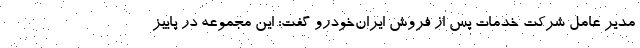
مدیر عامل شرکت خدمات پس از فروش ایران‌خودرو گفت: این مجموعه در پاییز